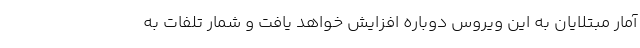
آمار مبتلایان به این ویروس دوباره افزایش خواهد یافت و شمار تلفات به